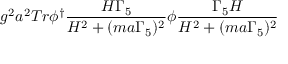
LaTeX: g ^ { 2 } a ^ { 2 } T r \phi ^ { \dagger } \frac { H \Gamma _ { 5 } } { H ^ { 2 } + ( m a \Gamma _ { 5 } ) ^ { 2 } } \phi \frac { \Gamma _ { 5 } H } { H ^ { 2 } + ( m a \Gamma _ { 5 } ) ^ { 2 } }